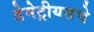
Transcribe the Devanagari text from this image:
डेमेट्रीयसचे